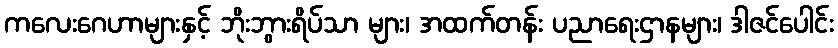
ကလေးဂေဟာများနှင့် ဘိုးဘွားရိပ်သာ များ၊ အထက်တန်း ပညာရေးဌာနများ၊ ဒါဇင်ပေါင်း